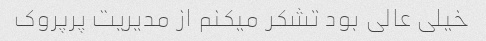
خیلى عالى بود تشکر میکنم از مدیریت پرپروک